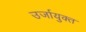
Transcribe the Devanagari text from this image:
उर्जायुक्त